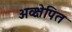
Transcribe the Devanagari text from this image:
अव्क्षेपित